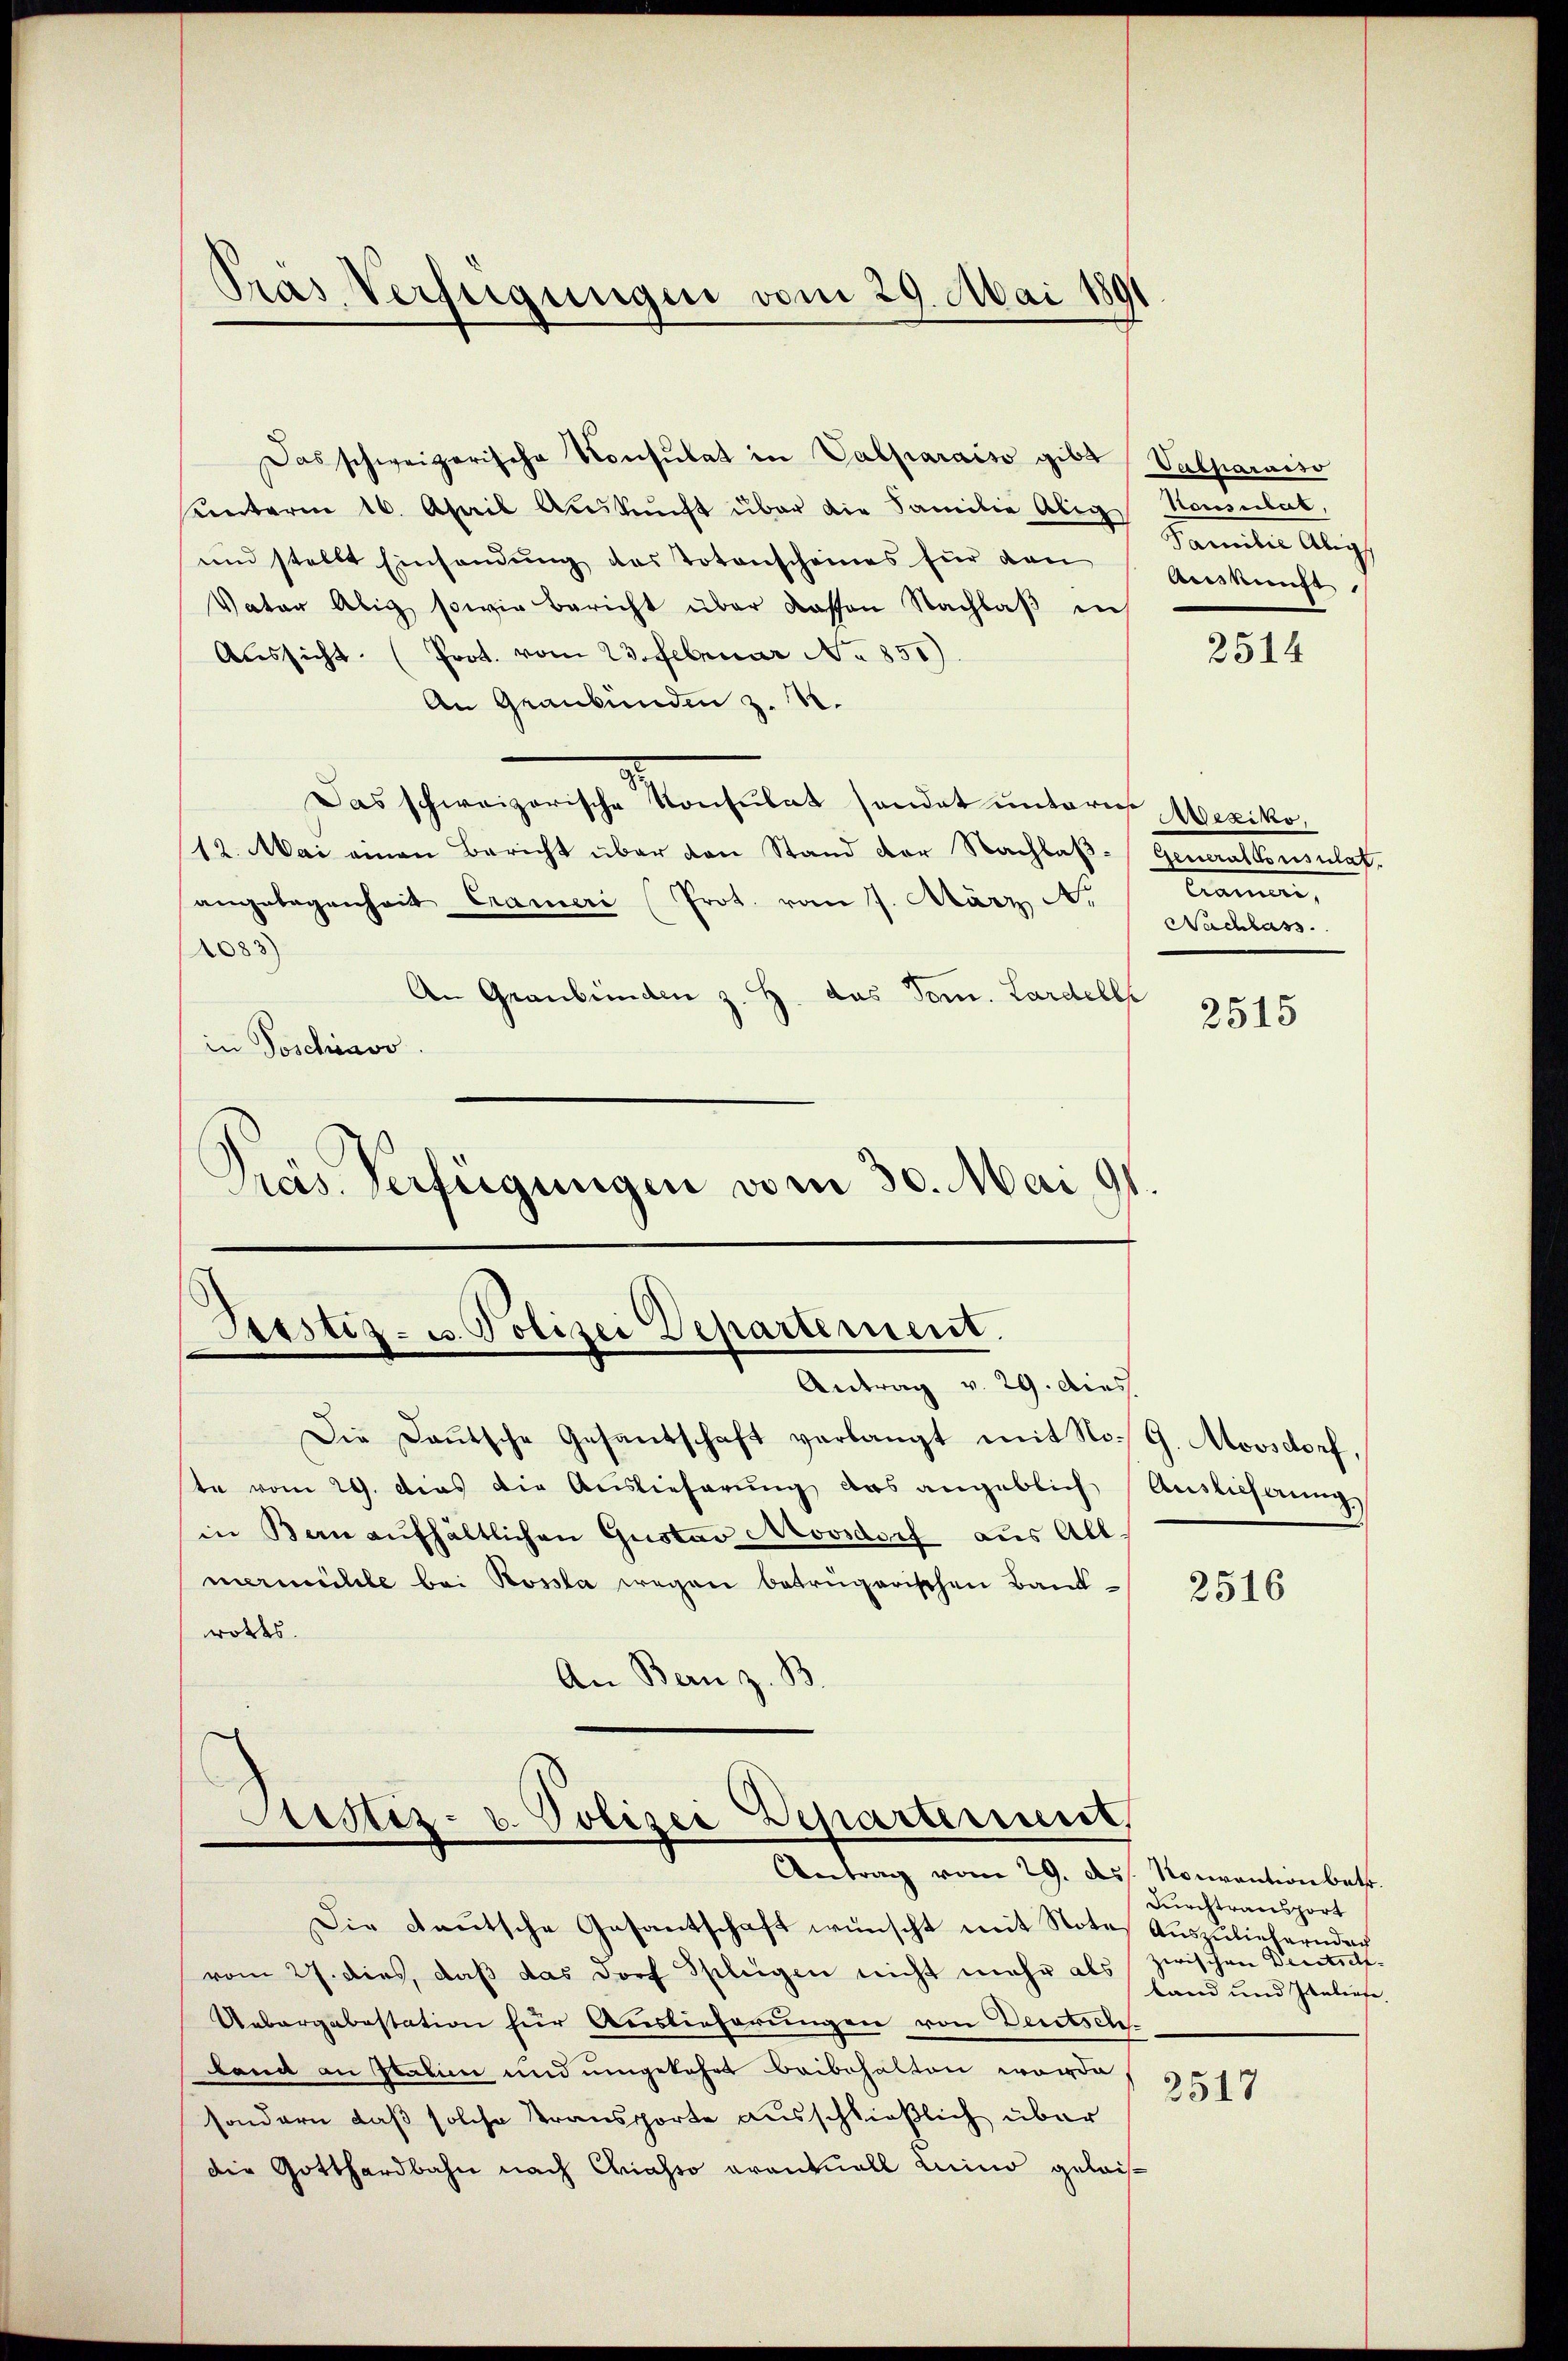
Das schweizerische Konsulat in Valparaiso gibt Valparaiso
unterm 16. April Aŭskŭnft über die Familie Abig Housulat,
und stellt Einsendung des Totenscheines für den
Vater Abig sowie bericht über dassen Nachlaβ in
Aŭssicht. (Prot. vom 23. Februar No 850).
An Graubünden z. R.
Das schweizerische Konsulat sondet untern Mexiko¬
12. Mai einen Bericht über den Stand der Nachbaß-Generalkonsulat.
angelegenheit Crameri (Prot. vom 7. März A.
083)
An Graubünden z. H. das Tom. Lardelle
in Poschiavo
Pras Verfügungen vom 30. Mai 91.

Sistiz- u. Polizei Departement.
Antrag v. 29. dies

Pras Verfügungen vom 29. Mai 181

Justiz- u. Polizei Departerient
Antrag vom 29. ds. Nouvantionett.

Die Deutsche Gesandschaft verlangt mit No. G. Moosdorf,
te vom 29. dies die Auslieferŭng das angeblich Auslichung,
in Bern aufhältlichen Gustav Novsdorf aus Allmermühle bei Rossla wegen betrügerischen Band-
wordes
An Bern z. B.

Die Deutsche Gesantschaft wünscht mit Note Auszuliefern dach
vom 27. dies, daß das dorf Splügen nicht mehr als zwischen Deutsch-
Uebergabestation für Auslieferungen von Deutsch-
Lana an Staben und umgekehrt beibehalten worde
sondern, daß solche transporte ausschließlich über
die Gotthardbahn nach Chiasso avantuell Luino geleis¬

Familie Alig
Auskunft,

2514

Cramen,
Nachlass

2515

2516

Durchtransport
land und Italiefe.

2517